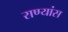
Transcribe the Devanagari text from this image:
राण्यांस